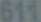
611